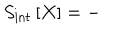
LaTeX: S _ { \mathrm { i n t } } \left[ X \right] = -